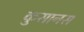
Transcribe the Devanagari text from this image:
कुसानस